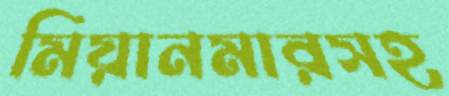
মিয়ানমারসহ